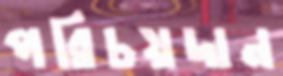
পরিচয়দান